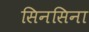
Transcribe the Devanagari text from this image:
सिनसिना